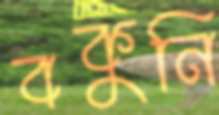
বকুনি